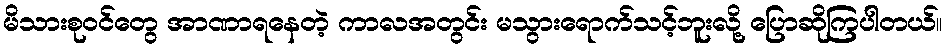
မိသားစုဝင်တွေ အာဏာရနေတဲ့ ကာလအတွင်း မသွားရောက်သင့်ဘူးလို့ ပြောဆိုကြပါတယ်။